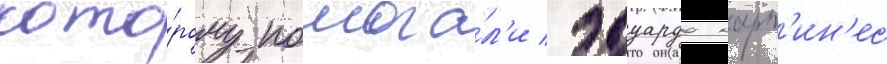
кото́рому помога́л'и эдуардо март'ин'ес